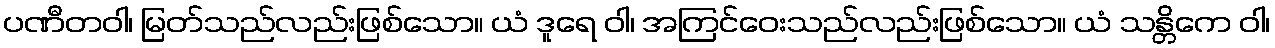
ပဏီတဝါ၊ မြတ်သည်လည်းဖြစ်သော။ ယံ ဒူရေ ဝါ၊ အကြင်ဝေးသည်လည်းဖြစ်သော။ ယံ သန္တိကေ ဝါ၊